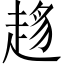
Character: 𧼋